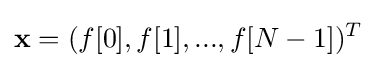
\mathbf {x} =(f[0],f[1],...,f[N-1])^{T}